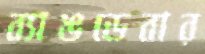
ব্যাঙডেবার